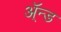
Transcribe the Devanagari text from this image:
ॲ्न्ड